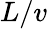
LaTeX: L/v